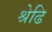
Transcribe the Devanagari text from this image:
श्रेढि